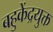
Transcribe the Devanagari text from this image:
बहुकेंद्रयुक्त